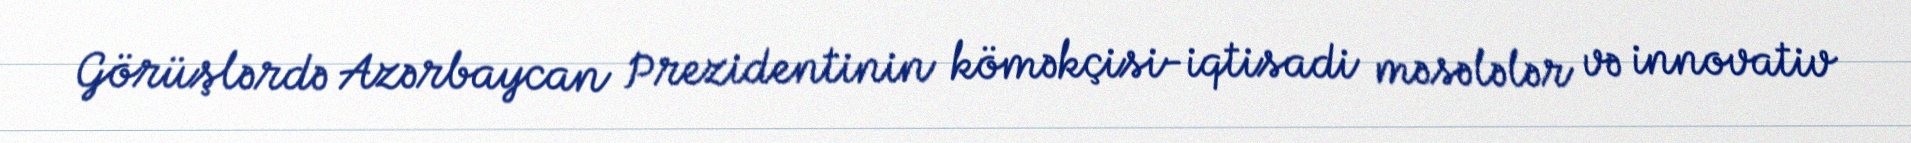
Görüşlərdə Azərbaycan Prezidentinin köməkçisi-iqtisadi məsələlər və innovativ